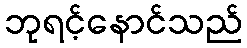
ဘုရင့်နောင်သည်